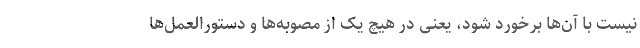
نیست با آن‌ها برخورد شود، یعنی در هیچ یک از مصوبه‌ها و دستورالعمل‌ها